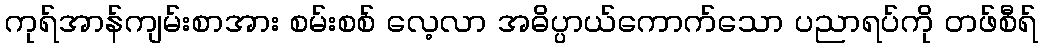
ကုရ်အာန်ကျမ်းစာအား စမ်းစစ် လေ့လာ အဓိပ္ပာယ်ကောက်သော ပညာရပ်ကို တဖ်စီရ်